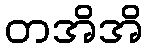
တအိအိ